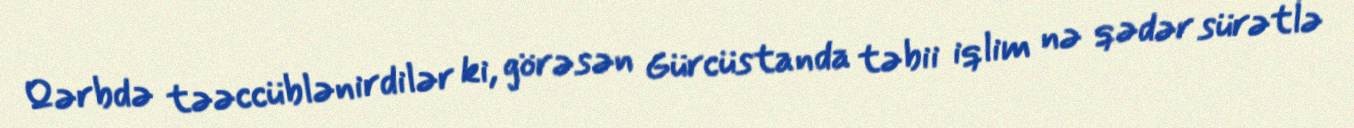
Qərbdə təəccüblənirdilər ki, görəsən Gürcüstanda təbii iqlim nə qədər sürətlə